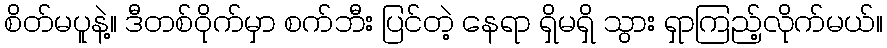
စိတ်မပူနဲ့။ ဒီတစ်ဝိုက်မှာ စက်ဘီး ပြင်တဲ့ နေရာ ရှိမရှိ သွား ရှာကြည့်လိုက်မယ်။